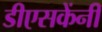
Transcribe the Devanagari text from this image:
डीएसकेंनी